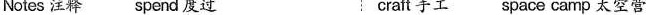
Notes 注释 spend 度过 craft手工 space camp太空营